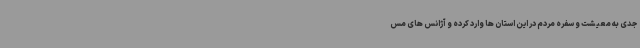
جدی به معیشت و سفره مردم در این استان ها وارد کرده و آژانس های مس